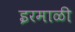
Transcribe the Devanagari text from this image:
इरमाळी